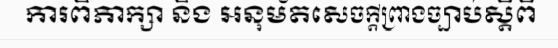
ការពិភាក្សា និង អនុម័តសេចក្តីព្រាងច្បាប់ស្តីពី